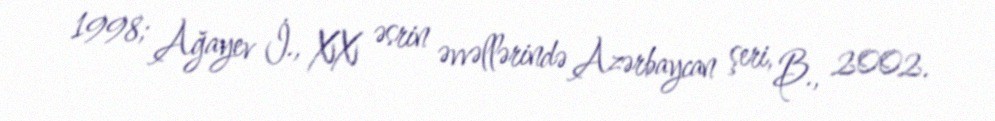
1998; Ağayev İ., XX əsrin əvvəllərində Azərbaycan şeri, B., 2002.